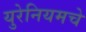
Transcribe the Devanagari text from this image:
युरेनियमचे